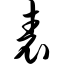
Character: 表